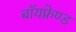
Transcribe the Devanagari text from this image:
बॉयफ्रेण्ड